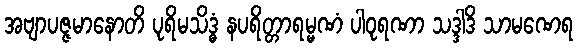
အဗျာပဇ္ဇမာနောတိ ပုရိမသိဒ္ဓံ နပရိတ္တာရမ္မဏံ ပါဝုရဏာ သဒ္ဒါဒိ သာမဏေရ